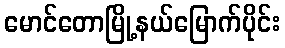
မောင်တောမြို့နယ်မြောက်ပိုင်း